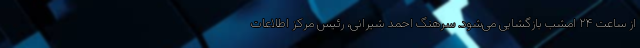
از ساعت ۲۴ امشب بازگشایی می‌شود. سرهنگ احمد شیرانی، رئیس مرکز اطلاعات